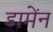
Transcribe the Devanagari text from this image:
डामेंन